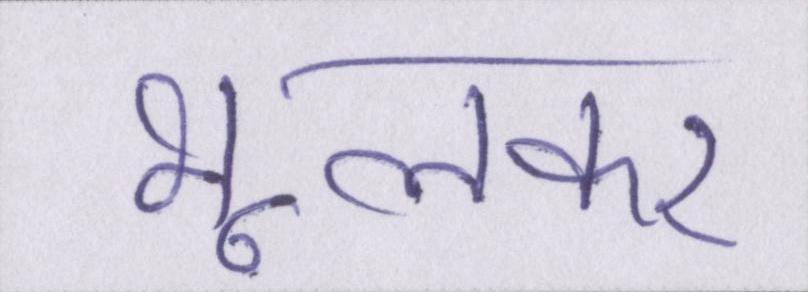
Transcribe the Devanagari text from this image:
भूलकर